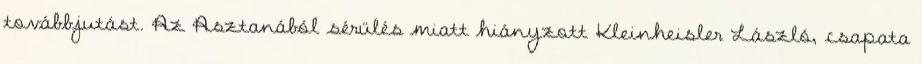
továbbjutást. Az Asztanából sérülés miatt hiányzott Kleinheisler László, csapata